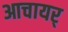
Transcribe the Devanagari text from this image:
आचायर्